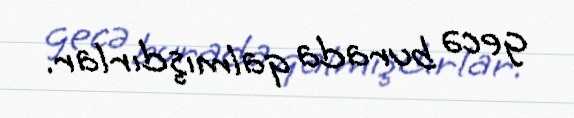
gecə burada qalmışdırlar.